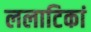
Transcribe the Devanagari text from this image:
ललाटिकां